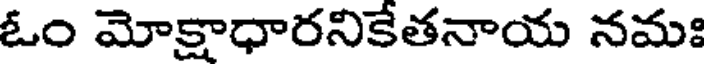
ఓం మోక్షాధారనికేతనాయ నమః